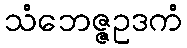
သံဘေဇ္ဇဥဒကံ